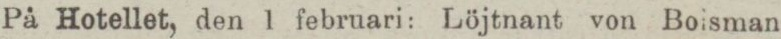
På Hotellet, den 1 februari: Löjtnant von Boisman